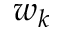
w _ { k }